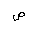
Letter: _sad